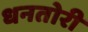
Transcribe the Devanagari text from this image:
धनतोरी